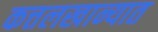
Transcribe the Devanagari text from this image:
कत्तलखान्यात